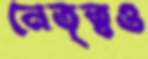
নেতৃত্বও